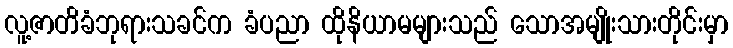
လူ့ဇာတိခံဘုရားသခင်က ခံပညာ ထိုနိယာမများသည် သောအမျိုးသားတိုင်းမှာ